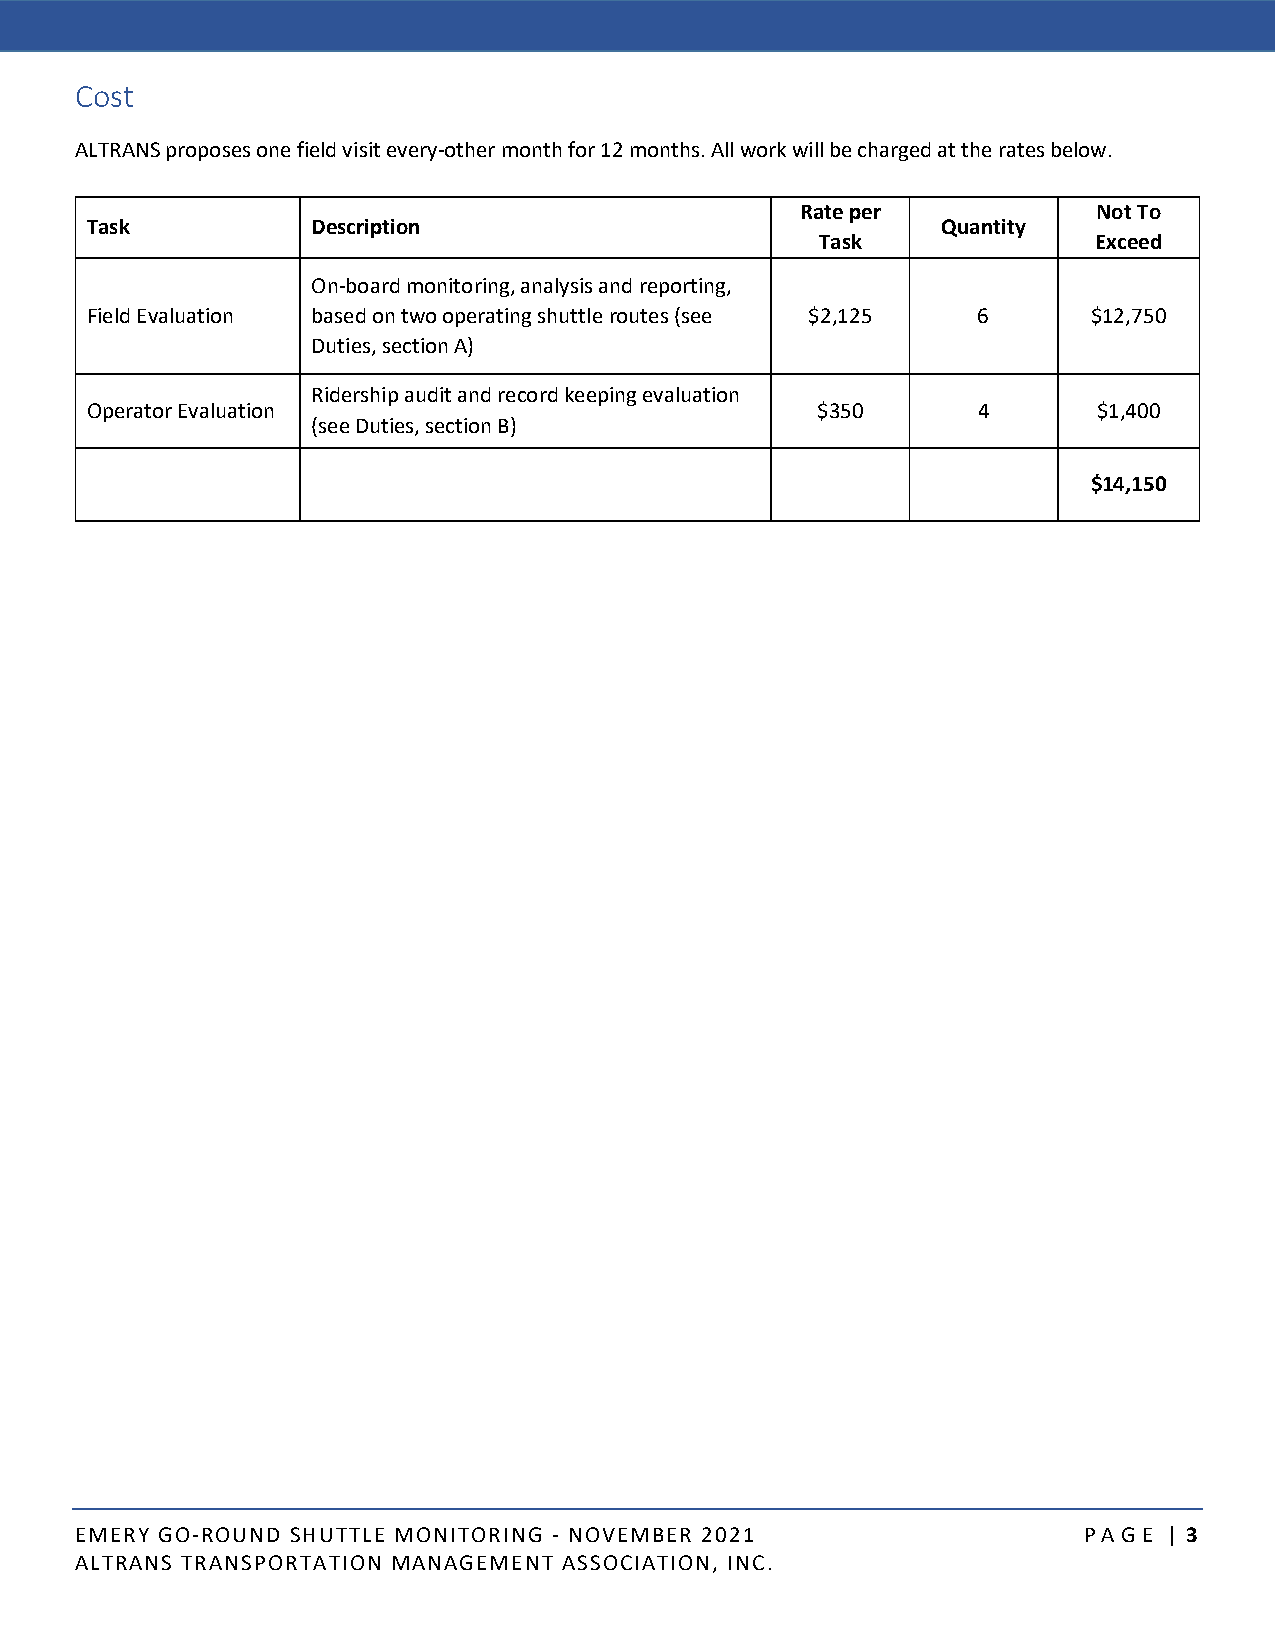
Cost
 ALTRANS proposes one field visit every-other month for 12 months. All work will be charged at the rates below.
 Rate per            Not To
 Task           Description                              Quantity
 Task              Exceed
 On-board monitoring, analysis and reporting,
 Field Evaluation based on two operating shuttle routes (see $2,125 6 $12,750
 Duties, section A)
 Ridership audit and record keeping evaluation
 Operator Evaluation                             $350       4       $1,400
 (see Duties, section B)
 $14,150
 EMERY GO-ROUND SHUTTLE MONITORING - NOVEMBER 2021                  P AGE | 3
 ALTRANS TRANSPORTATION MANAGEMENT ASSOCIATION, INC.